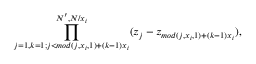
\prod _ { j = 1 , k = 1 ; j < m o d ( j , x _ { i } , 1 ) + ( k - 1 ) x _ { i } } ^ { N ^ { \prime } , N / x _ { i } } ( z _ { j } - z _ { m o d ( j , x _ { i } , 1 ) + ( k - 1 ) x _ { i } } ) ,